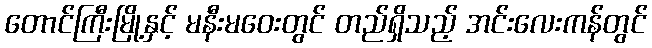
တောင်ကြီးမြို့နှင့် မနီးမဝေးတွင် တည်ရှိသည့် အင်းလေးကန်တွင်